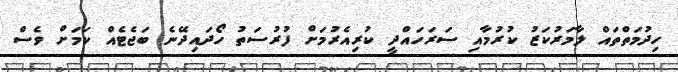
ހިދުމަތްތައް ލާމަރުކަޒު ކުރުމާއި ސަރަހައްދީ ކުރިއެރުމަށް ފުރުސަތު ހޯދައިދޭނެ ބަޖެޓެއް ކަމަށް ވެސް